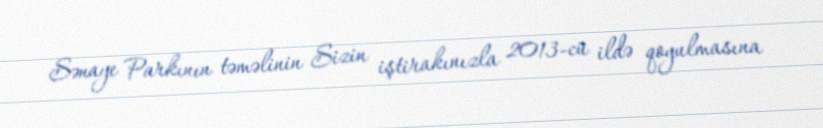
Sənaye Parkının təməlinin Sizin iştirakınızla 2013-cü ildə qoyulmasına